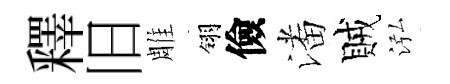
釋旧雕翎儉潘賊泓